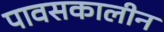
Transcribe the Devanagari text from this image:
पावसकालीन